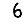
Digit: 6